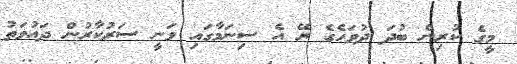
މީގެ ކުރިން ބުދަ ދުވަހެގެ ރޭ އެ ސިނަމާގައި ވަނީ ސަރުކާރުން ދައުވަތު